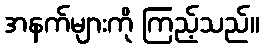
အနက်များကို ကြည့်သည်။